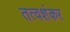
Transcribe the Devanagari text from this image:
तत्वशंकर